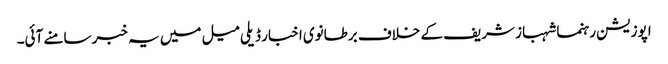
اپوزیشن رہنما شہباز شریف کے خلاف برطانوی اخبار ڈیلی میل میں یہ خبر سامنے آئی۔